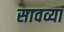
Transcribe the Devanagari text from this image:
सावव्या